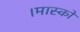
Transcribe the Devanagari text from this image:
।मास्को